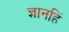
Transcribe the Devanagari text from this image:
ज्ञानहिं